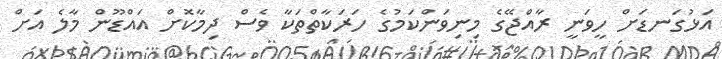
އަޅުގަނޑަށް ހީވަނީ ރާއްޖޭގެ މިނިވަންކަމުގެ ހަރަކާތްތަކާ ވެސް ދިމާކޮށް އައްޑޫން މާލެ އަށް